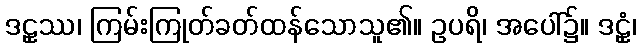
ဒဠှဿ၊ ကြမ်းကြုတ်ခတ်ထန်သောသူ၏။ ဥပရိ၊ အပေါ်၌။ ဒဠှံ၊